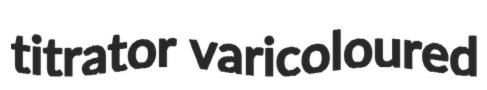
titrator varicoloured